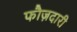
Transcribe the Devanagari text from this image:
फौज़दारी